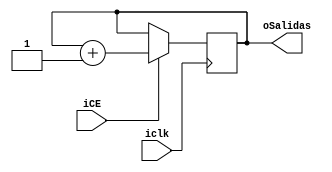
module contador(
       input iclk,
		 input iCE,
		 output [3:0]oSalidas	  
);


reg [3:0]rCounter_S=4'b0000;
reg [3:0]rCounter_Q=4'b0000;

assign oSalidas = rCounter_Q;

always @(posedge iclk)
begin
    if (iCE) 
	 begin
	   rCounter_Q <= rCounter_S;
	 end 
	 else 
	 begin 
	   rCounter_Q <= rCounter_Q;
	 end 
end 

always @ *
begin 
 rCounter_S = rCounter_Q +1'd1;
end


//module contador(
//input iclk,
//output reg [3:0]oSalidas
//);
//reg [3:0]rCuenta_S = 4'd0;
//reg [3:0]rCuenta_Q = 4'd0;
//always @ (posedge iclk)
//begin
//if (oSalidas == 4'd15)
//begin
//oSalidas = 4'd0;
//end
//else
//begin
//oSalidas = oSalidas  + 4'd1;
//end
//end

endmodule